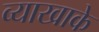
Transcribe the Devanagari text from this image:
व्याखाके